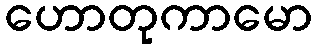
ဟောတုကာမော